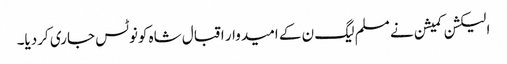
الیکشن کمیشن نے مسلم لیگ ن کے امیدوار اقبال شاہ کونوٹس جاری کردیا۔